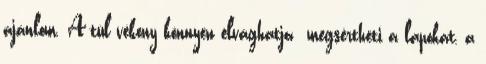
ajánlom. A túl vékony könnyen elvághatja megsértheti a lapokat, a